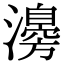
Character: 𤁻